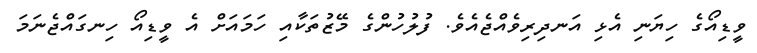
ވީޑިއޯގެ ހިޔަނި އެޅި އަނދިރިވެއްޖެއެވެ. ފުލުހުންގެ މޭޒުތަކާއި ހަމައަށް އެ ވީޑިއޯ ހިނގައްޖެނަމަ